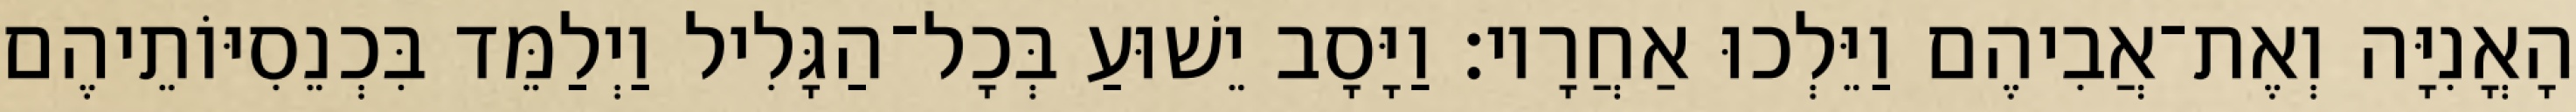
הָאֳנִיָּה וְאֶת־אֲבִיהֶם וַיֵּלְכוּ אַחֲרָיו׃ וַיָּסָב יֵשׁוּעַ בְּכָל־הַגָּלִיל וַיְלַמֵּד בִּכְנֵסִיּוֹתֵיהֶם